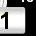
Digit: 1